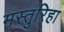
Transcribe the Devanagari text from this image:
मस्तुरिहा